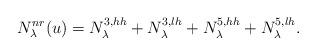
LaTeX: \begin{align*}N_{\lambda}^{nr}(u) = N_\lambda^{3,hh} + N_{\lambda}^{3,lh}+ N_\lambda^{5,hh} + N_{\lambda}^{5,lh}.\end{align*}